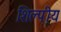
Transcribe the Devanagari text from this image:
शिल्पीय